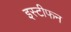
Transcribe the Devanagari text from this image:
इस्टीफन